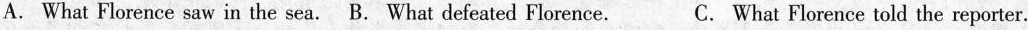
A. What Florence saw in the sea.B. What defeated Florence. C. What Florence told the reporter.